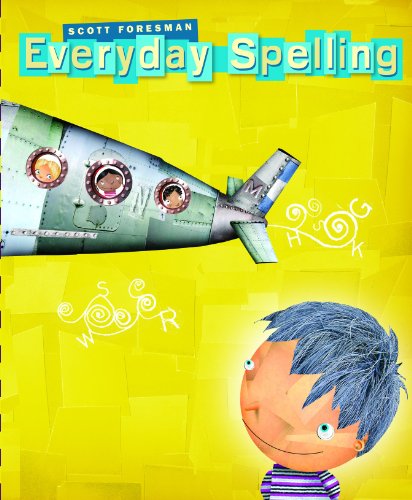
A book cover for SPELLING 2008 STUDENT EDITION CONSUMABLE GRADE 2; Scott Foresman; Reference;